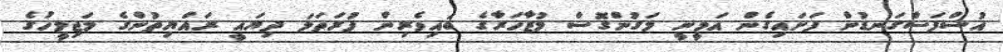
އުސްފަސްގަނޑުން ފަށައިގެން އަމީނީ މަގުންގޮސް މުޒާހަރާގެ ބައިވެރިން ފުރަތަމަ ދިޔައީ ރައްޔިތުންގެ މަޖިލީހުގެ